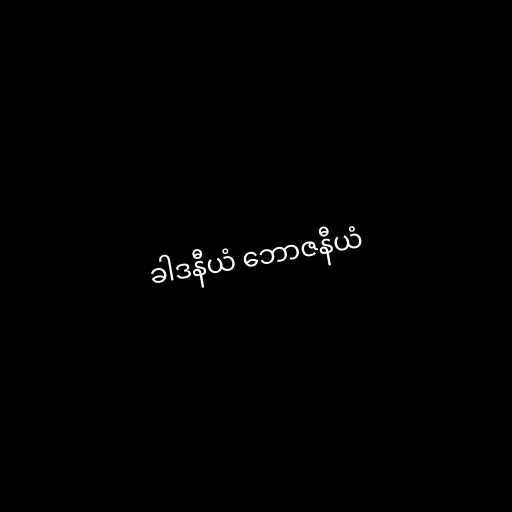
ခါဒနီယံ ဘောဇနီယံ